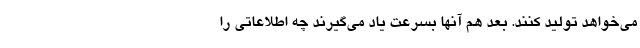
می‌خواهد تولید کنند. بعد هم آنها بسرعت یاد می‌گیرند چه اطلاعاتی را